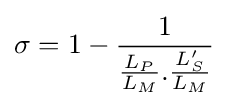
\sigma =1-{\frac {1}{{\frac {L_{P}}{L_{M}}}.{\frac {L_{S}^{\prime }}{L_{M}}}}}